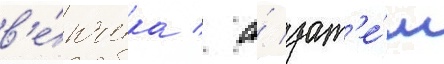
в'е́нчика / а́ зат'е́м